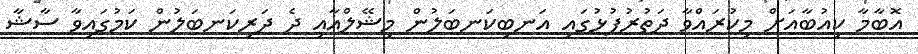
އޮބާމާ ކިއުބާއަށް މިކުރައްވާ ދަތުރުފުޅުގައި އަނބިކަނބަލުން މިޝޭލްއާއި ދެ ދަރިކަނބަލުން ކަމުގައިވާ ސާޝާ